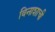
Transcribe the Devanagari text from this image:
विनाशाची